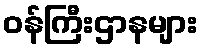
ဝန်ကြီးဌာနများ